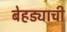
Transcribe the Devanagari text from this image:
बेहड्याची